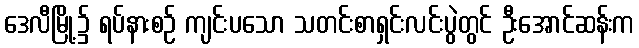
ဒေလီမြို့၌ ရပ်နားစဉ် ကျင်းပသော သတင်းစာရှင်းလင်းပွဲတွင် ဦးအောင်ဆန်းက